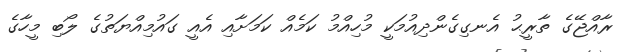
ރާއްޖޭގެ ތާރީޙު އެނގިގެންދިއުމަކީ މުހިއްމު ކަމެއް ކަމަށާއި އެއީ ގައުމިއްޔަތުގެ ލޯބި މީހާގެ